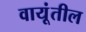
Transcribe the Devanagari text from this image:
वायूंतील